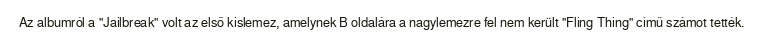
Az albumról a "Jailbreak" volt az első kislemez, amelynek B oldalára a nagylemezre fel nem került "Fling Thing" című számot tették.